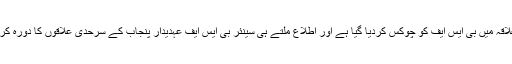
اس واقعہ کے بعد اس علاقہ میں بی ایس ایف کو چوکس کردیا گیا ہے اور اطلاع ملتے ہی سینئر بی ایس ایف عہدیدار پنجاب کے سرحدی علاقوں کا دورہ کرکے حالات کا جائزہ لیا۔